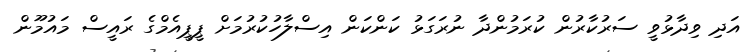
އަދި ވިދާޅުވީ ސަރުކާރުން ކުރަމުންދާ ނުރަގަޅު ކަންކަން އިސްލާހުކުރުމަށް ޕީޕީއެމްގެ ރައީސް މައުމޫން